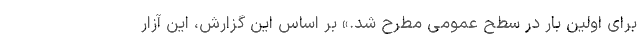
برای اولین بار در سطح عمومی مطرح شد.» بر اساس این گزارش، این آزار